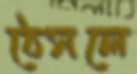
ঠেসলে